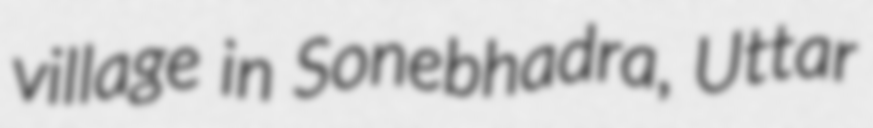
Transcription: village in Sonebhadra, Uttar